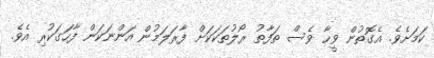
ކަމަށެވެ. އެގޮތުން ވީހާ ވެސް ތަފާތު ރޯލުތަކަކަށް ފާރަލަމުން އަންނަކަން ފާހަގަކުރި އެވެ.